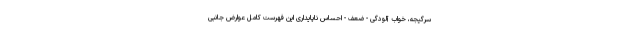
سرگیجه، خواب آلودگی - ضعف - احساس ناپایداری این فهرست کامل عوارض جانبی